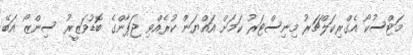
މަޓްސުކޯ އެގްރިކަލްޗަރު މިނިސްޓަރު ކަމަށް އައްޔަން ކުރެއްވި ޖަޕާންގެ ބޮޑުވަޒީރު ސިންޒޯ އަބޭ